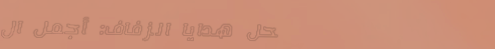
محل هدايا الزفاف: أجمل ال